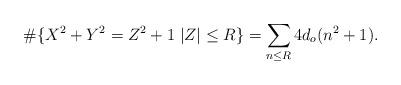
LaTeX: \begin{align*} \#\{ X^2 + Y^2 = Z^2 + 1 \; \lvert Z \rvert \leq R \} = \sum_{n \leq R} 4 d_o(n^2 + 1). \end{align*}